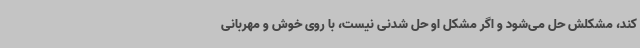
کند، مشکلش حل می‌شود و اگر مشکل او حل شدنی نیست، با روی خوش و مهربانی